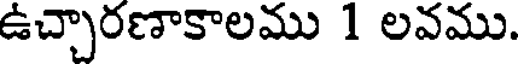
ఉచ్చారణాకాలము 1 లవము.